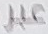
عبر